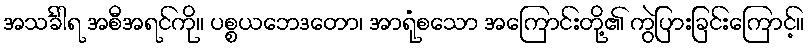
အသင်္ခါရ အစီအရင်ကို။ ပစ္စယဘေဒတော၊ အာရုံစသော အကြောင်းတို့၏ ကွဲပြားခြင်းကြောင့်။